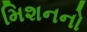
મિશનનો